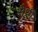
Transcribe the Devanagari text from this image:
सैर्ध्रीं